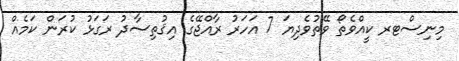
މިނިސްޓރ ކީއްވެތޯ ވޭތުވެދިޔަ 7 އަހަރު ރާއްޖޭގެ އިޤުތިސާދު ރަގަޅު ކުރަން ކަމެއް